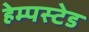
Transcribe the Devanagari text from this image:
हेम्पस्टेड